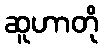
ဆူဟာတို